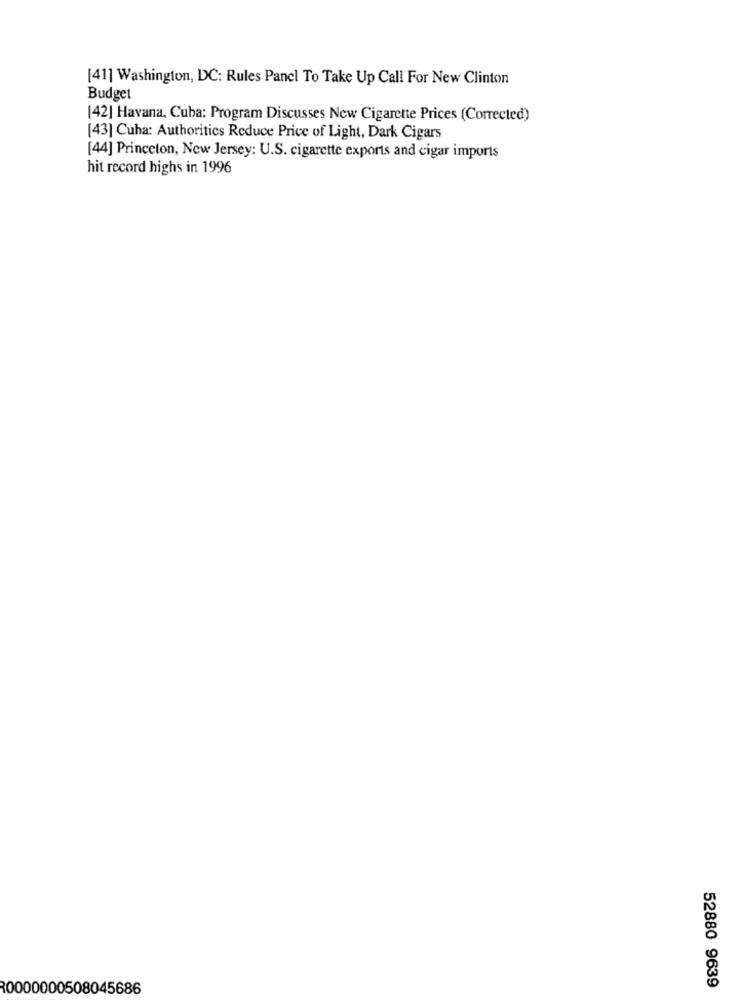
[41] Washington, DC: Rules Panel To Take Up Call For New Clinton
Budget
[42] Havana, Cuba: Program Discusses New Cigarette Prices (Corrected)
[43] Cuha: Authorities Reduce Price of Light, Dark Cigars
[44] Princeton, New Jersey: U.S. cigarette exports and cigar imports
hit record highs in 1996
0000000508045686
52880 9639